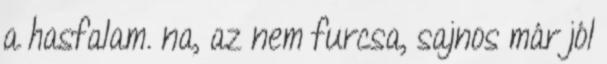
a hasfalam. na, az nem furcsa, sajnos már jól